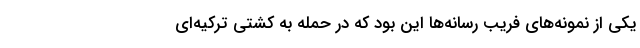
یکی از نمونه‌های فریب رسانه‌ها این بود که در حمله به کشتی ترکیه‌ای